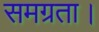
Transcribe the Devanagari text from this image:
समग्रता।